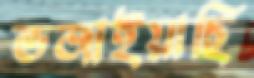
ভজাইয়াছি